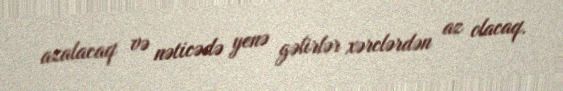
azalacaq və nəticədə yenə gəlirlər xərclərdən az olacaq.